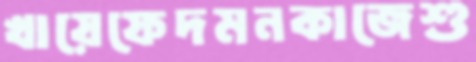
খায়েফেদমনকাজেশু